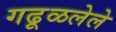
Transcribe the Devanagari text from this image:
गढूळलेले